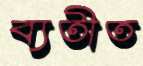
ব্যতীত